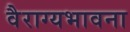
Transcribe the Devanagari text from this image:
वैराग्यभावना